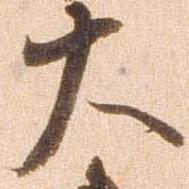
大